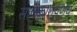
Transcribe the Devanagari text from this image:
सावकाशपणेंच